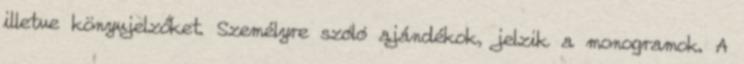
illetve könyvjelzőket. Személyre szóló ajándékok, jelzik a monogramok. A